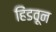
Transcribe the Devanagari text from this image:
हिंडवून